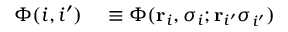
\begin{array} { r l } { \Phi ( i , i ^ { \prime } ) } & { { } \equiv \Phi ( \mathbf { r } _ { i } , \sigma _ { i } ; \mathbf { r } _ { i ^ { \prime } } \sigma _ { i ^ { \prime } } ) } \end{array}